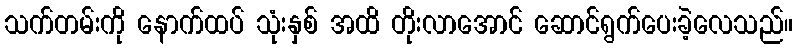
သက်တမ်းကို နောက်ထပ် သုံးနှစ် အထိ တိုးလာအောင် ဆောင်ရွက်ပေးခဲ့လေသည်။